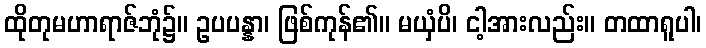
ထိုတုမဟာရာဇ်ဘုံ၌။ ဥပပန္နာ၊ ဖြစ်ကုန်၏။ မယှံပိ၊ ငါ့အားလည်း။ တထာရူပါ၊